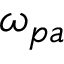
\omega _ { p a }